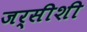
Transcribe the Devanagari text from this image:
जर्सीशी